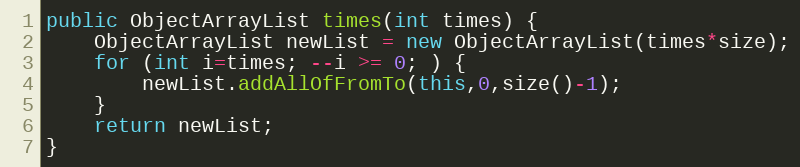
Language: Java
public ObjectArrayList times(int times) {
	ObjectArrayList newList = new ObjectArrayList(times*size);
	for (int i=times; --i >= 0; ) {
		newList.addAllOfFromTo(this,0,size()-1);
	}
	return newList;
}